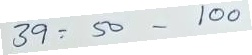
39 = 50 - 100